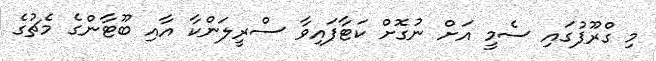
މި ގްރޫޕުގައި ސެމީ އަށް ނުގޮށް ކަޓާފައިވާ ސްރީލަންކާ އާއި ބޫޓާންގެ މެޗުގެ